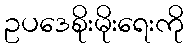
ဥပဒေစိုးမိုးရေးကို